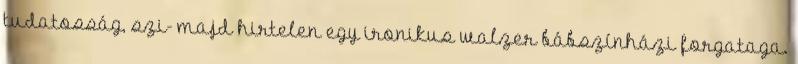
tudatosság, szi- majd hirtelen egy ironikus walzer bábszínházi forgataga.